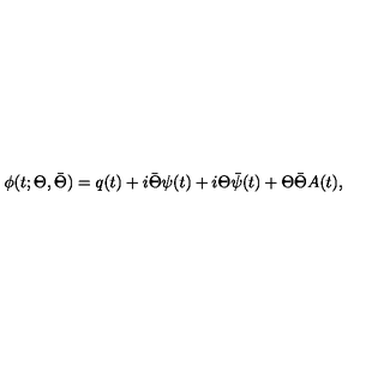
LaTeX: \phi ( t ; \Theta , \bar { \Theta } ) = q ( t ) + i \bar { \Theta } \psi ( t ) + i \Theta \bar { \psi } ( t ) + \Theta \bar { \Theta } A ( t ) ,